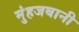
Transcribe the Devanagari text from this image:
मुंहजबानी